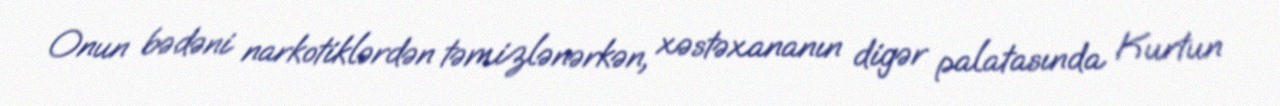
Onun bədəni narkotiklərdən təmizlənərkən, xəstəxananın digər palatasında Kurtun